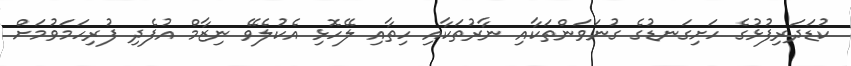
ކުޑަދަރިފުޅުގެ ހަށިގަނޑުގެ ގުނަވަންތަކާއި ނާރުތަކާއި ހިތާއި ލޭހޮޅި އެކުލެވޭ ނިޒާމް އުފެދި ފުރިހަމަވުމަށް